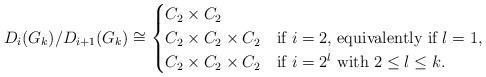
LaTeX: \begin{align*}D_i(G_k)/D_{i+1}(G_k)\cong\begin{cases} C_2 \times C_2 & \\ C_2 \times C_2 \times C_2 & \text{if $i=2$, equivalently if $l = 1$,} \\ C_2 \times C_2 \times C_2 & \text{if $i = 2^l$ with $2 \le l \le k$.}\end{cases}\end{align*}